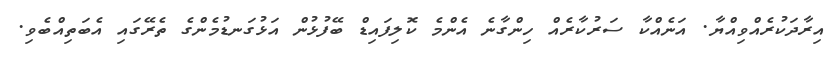
އިރާދަކުރެއްވިއްޔާ. އަނެއްކާ ސަރުކާރެއް ހިންގާނެ އެންމެ ކޮލިފައިޑް ބޭފުޅުން އަޅުގަނޑުމެންގެ ތެރޭގައި އެބަތިއްބެވި.